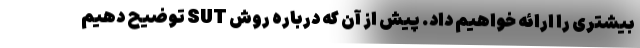
بیشتری را ارائه خواهیم داد. پیش از آن که درباره روش SUT توضیح دهیم